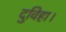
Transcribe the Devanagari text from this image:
दुविहा।